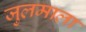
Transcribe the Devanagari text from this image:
जुलमाला